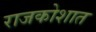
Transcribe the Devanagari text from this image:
राजकोशात